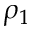
\rho _ { 1 }